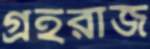
গ্রহরাজ